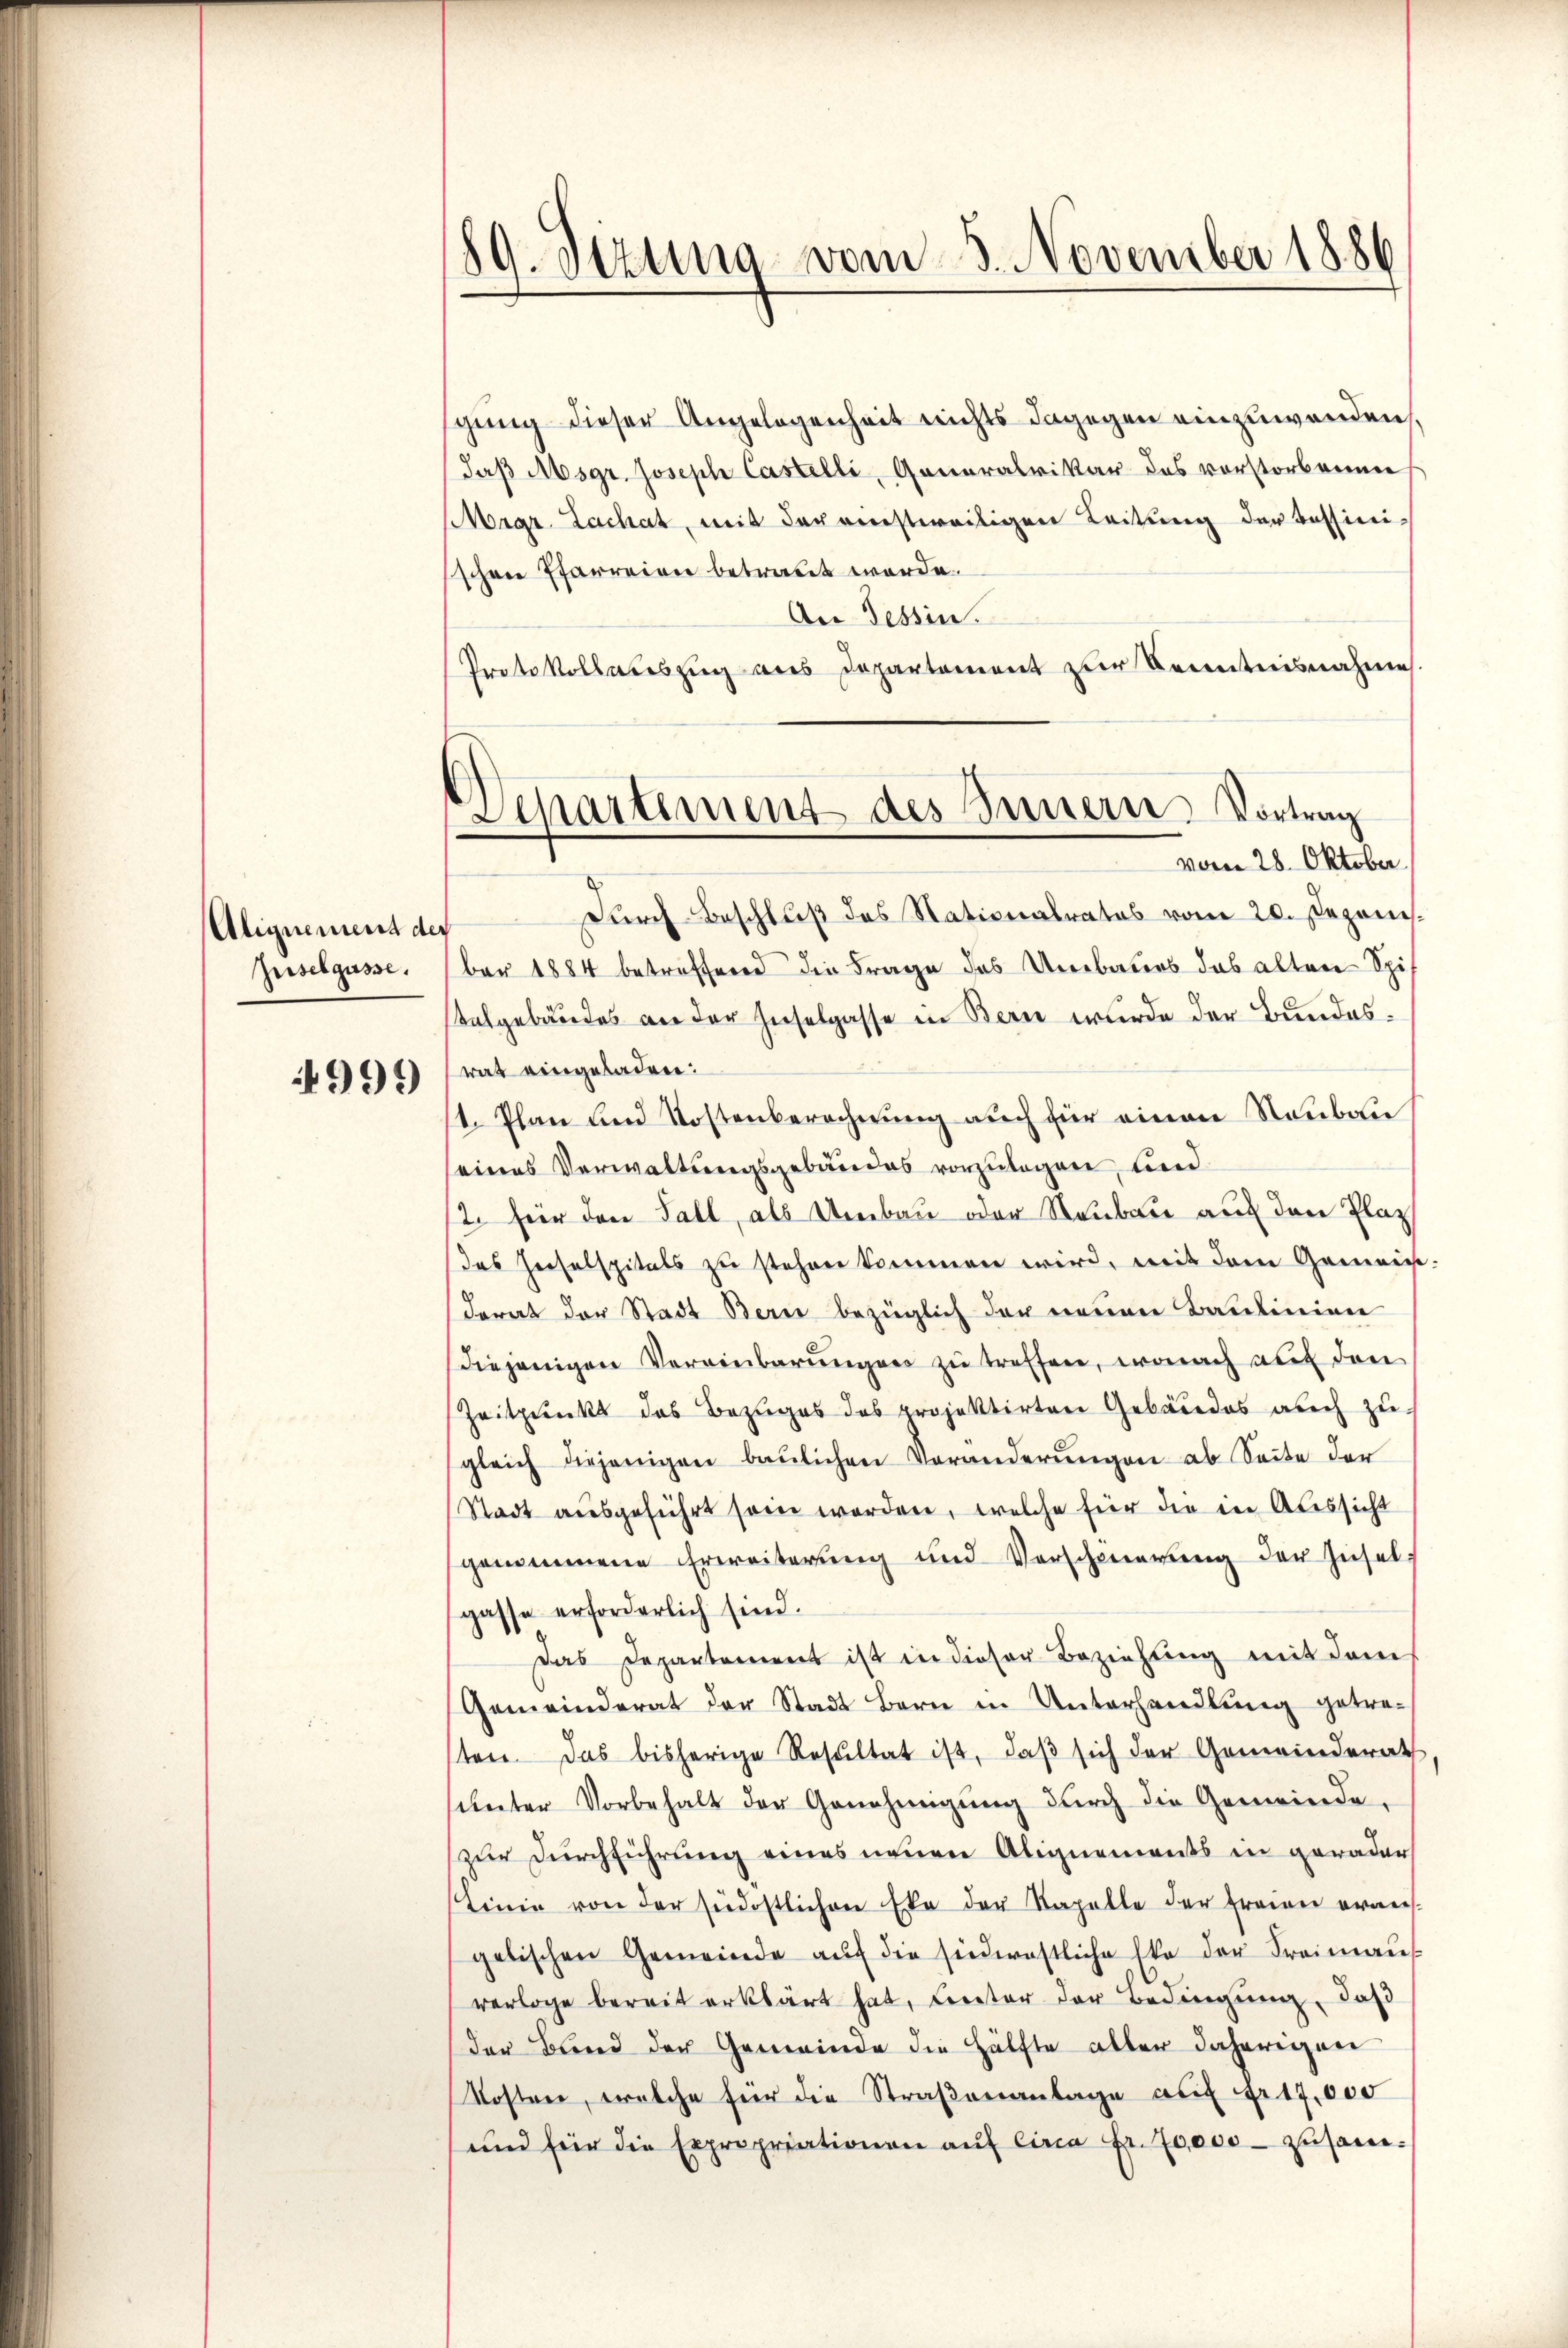
Alignement der
Zuselgüsse.

999

89. Sizung vom 5. November 1886

Departement des Innern, Vortrag
vom 28. Oktober.

gung dieser Angelegenheit nichts dagegen einzuwenden
daß Msgr. Joseph Castelli, Generalvikar des vorstorbennen
Migr. Zachat, mit der einstweiligen Leitung der Tessini-
schen Pfarreien betrauet werde.
An Tessin.
Protokollauszug aus Departement zur Kenntnisnahme.
Durch Beschluß des Stationalrates vom 20. Dezember 1884 betreffend die Frage des Umbaues das alten Spi
talgebäudes an der Inselgasse in Bern wurde der Bundesrat eingeladen:
st. Plan und Kostenberechnung auch für einen Neubau
seines Verwaltungsgebäudes vorzulagen, und
2. für den Fall, als Umbau oder Neubau auf den Plaz
das Geselspitals zu stehen kommen wird, mit dem Gemein
derat der Stadt Bern bezüglich der neuen Baulinien
Diejenigen Vereinbarungen zu treffen, wonach auf den
Zeitpunkt das Bezuges das projektirten Gebäudes auch zu
gleich diejenigen baŭlichen Veränderŭngen ab Seite der
Stadt aŭsgeführt sein worden, welche für die in Aussicht
genommene Erweiterung und Verschwerung der Zuselgasse erforderlich sind.
Das Departement ist in dieser Beziehung mit dem
Gemeinderat der Stadt Bern in Unterhandlung getresten. Das bisherige Resŭltat ist, daβ sich der Gemeinderath
sunter Vorbehalt der Genehmigung durch die Gemeinde-
zur Durchführung eines neuen Abignements in gerader
Linie von der südöstlichen Eke der Kapelle der Frauen erweis-
gelischen Gemeinde aŭf die siederastliche Eka der Freimanns
verlage bereit erklärt hat, Lector der Bedingung, daß
der Bund der Gemeinde die Hälfte aller daherigen
Kosterer, welche für die Straßenantage auf Fr. 17,000
und für die Expropriationen aŭf circa Fr. 20000 - zusam¬